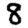
Digit: 8